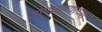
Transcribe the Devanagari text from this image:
जोपासण्याच्या